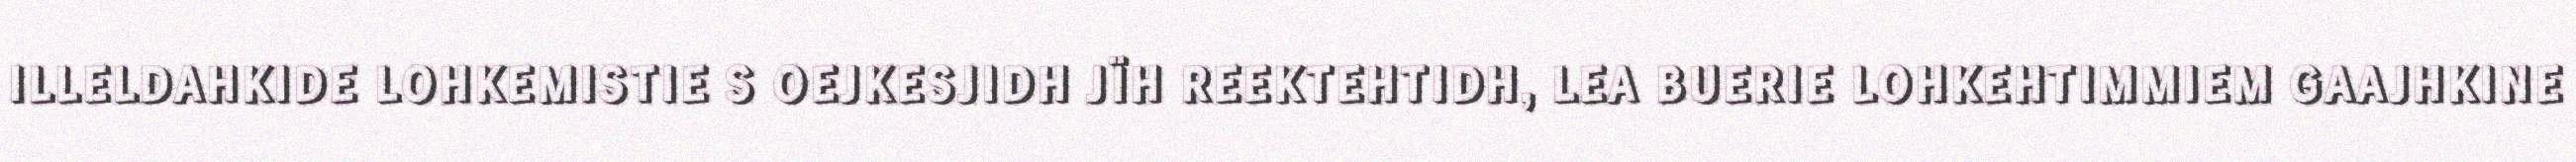
ILLELDAHKIDE LOHKEMISTIE S OEJKESJIDH JÏH REEKTEHTIDH, LEA BUERIE LOHKEHTIMMIEM GAAJHKINE